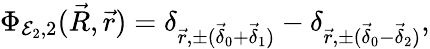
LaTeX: \Phi_{\mathcal{E}_{2},2}(\vec{{R}},\vec{{r}})=\delta_{\vec{{r}},\pm(\vec{{\delta}}_{0}+\vec{{\delta}}_{1})}-\delta_{\vec{{r}},\pm(\vec{{\delta}}_{0}-\vec{{\delta}}_{2})},